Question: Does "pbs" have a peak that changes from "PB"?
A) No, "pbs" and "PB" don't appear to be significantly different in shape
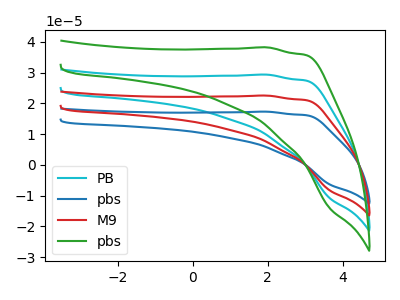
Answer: <think>The cyan curve "PB" has no peaks. The blue curve "pbs" has no peaks. The red curve "M9" has no peaks. The green curve "pbs" has no peaks.
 Neither "pbs" or "PB" have any peaks.</think>
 <answer>A) No, "pbs" and "PB" don't appear to be significantly different in shape</answer>
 <eval>A</eval>